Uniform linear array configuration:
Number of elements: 32
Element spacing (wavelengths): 0.75
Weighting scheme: blackman
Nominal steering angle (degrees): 60
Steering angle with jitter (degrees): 59.228
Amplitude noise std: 0.05
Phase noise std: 0.05

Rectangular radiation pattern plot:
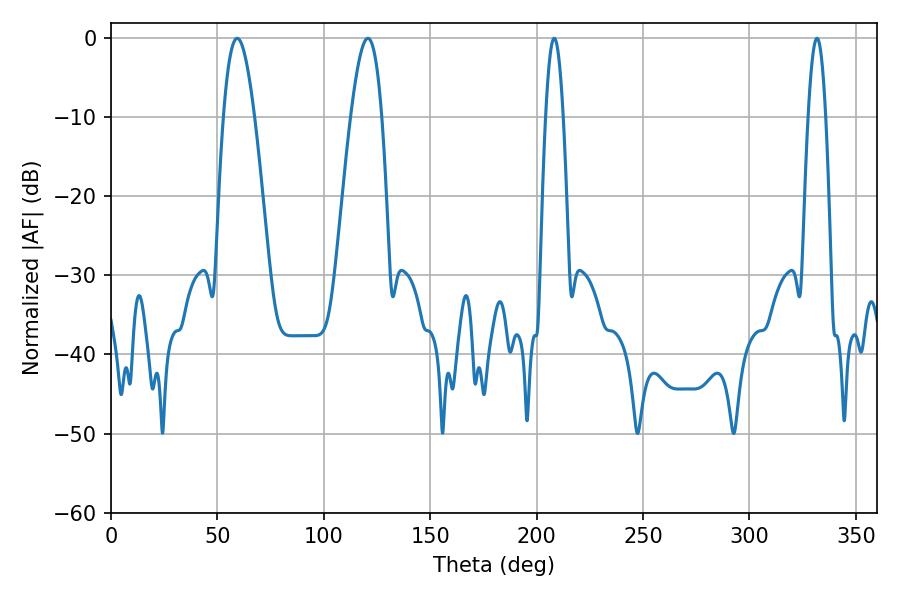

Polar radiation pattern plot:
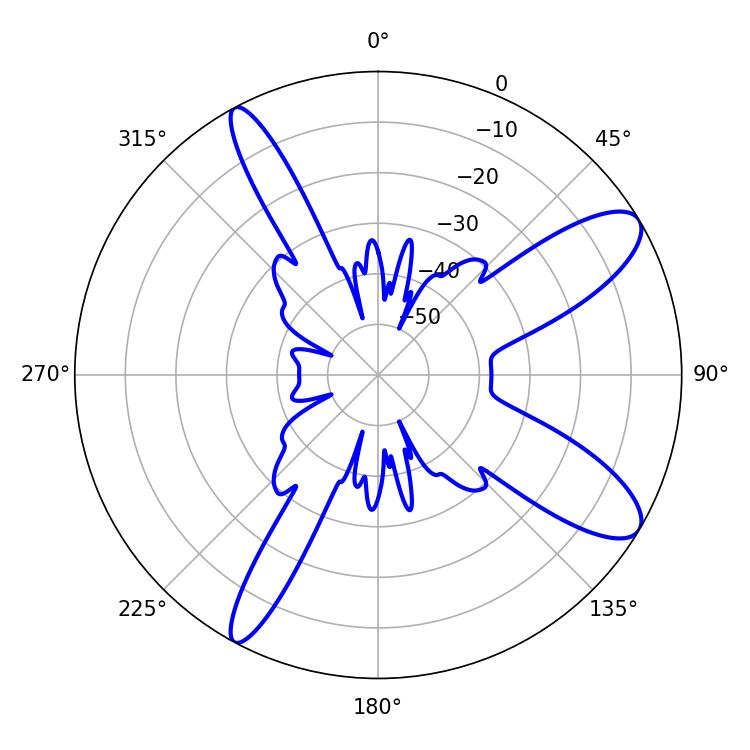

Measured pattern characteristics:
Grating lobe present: TRUE
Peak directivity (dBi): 10.498
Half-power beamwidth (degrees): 4.5
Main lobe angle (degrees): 331.74